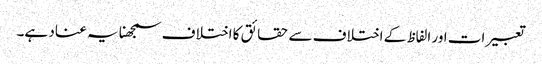
تعبیرات اور الفاظ کے اختلاف سے حقائق کا اختلاف سمجھنا یہ عناد ہے۔